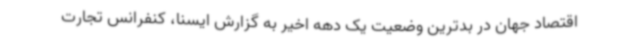
اقتصاد جهان در بدترین وضعیت یک دهه اخیر به گزارش ایسنا، کنفرانس تجارت